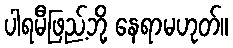
ပါရမီဖြည့်ဘို့ နေရာမဟုတ်။